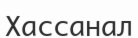
Хассанал